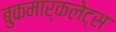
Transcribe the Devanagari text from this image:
बुकमार्कलेट्स